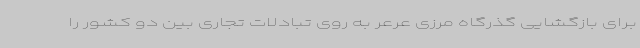
برای بازگشایی گذرگاه مرزی عرعر به روی تبادلات تجاری بین دو کشور را